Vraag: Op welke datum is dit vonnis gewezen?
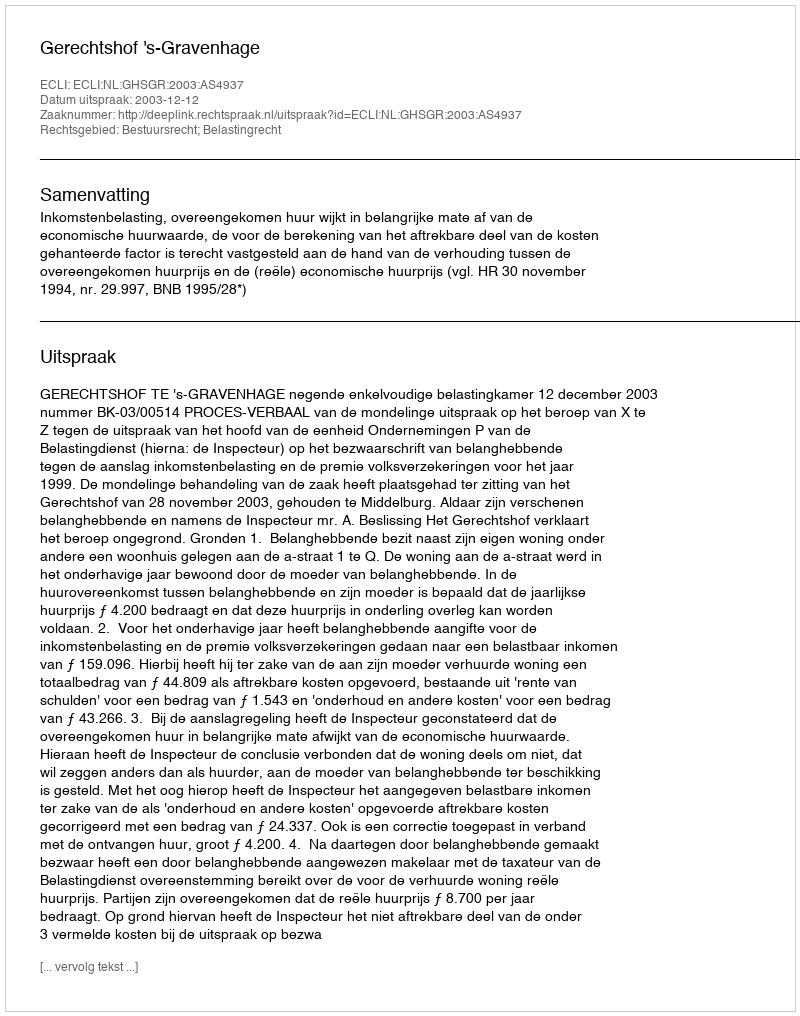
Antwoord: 2003-12-12